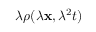
\lambda \rho ( \lambda \mathbf { x } , \lambda ^ { 2 } t )